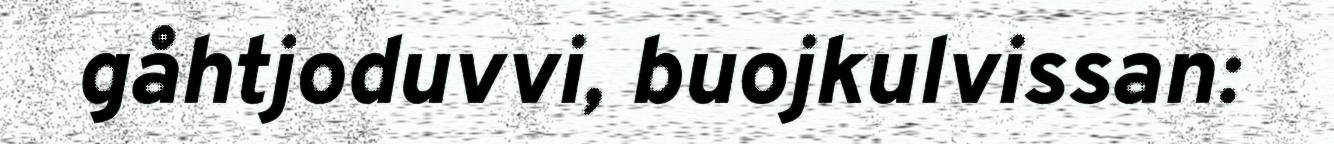
gåhtjoduvvi, buojkulvissan: